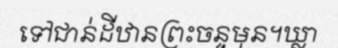
ទៅជាន់ដីឋានព្រះចន្ទមុន។ឃ្លា